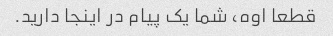
قطعا اوه، شما یک پیام در اینجا دارید.